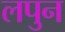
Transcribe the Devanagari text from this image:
लपुन